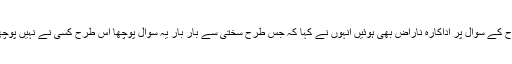
مداح کے سوال پر اداکارہ ناراض بھی ہوئیں انہوں نے کہا کہ جس طرح سختی سے بار بار یہ سوال پوچھا اس طرح کسی نے نہیں پوچھا ۔